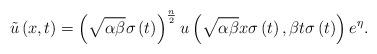
LaTeX: \begin{align*}\tilde{u}\left( x,t\right) =\left( \sqrt{\alpha \beta }\sigma \left(t\right) \right) ^{\frac{n}{2}}u\left( \sqrt{\alpha \beta }x\sigma \left(t\right) ,\beta t\sigma \left( t\right) \right) e^{\eta }. \end{align*}